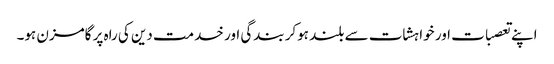
اپنے تعصبات اور خواہشات سے بلند ہوکر بندگی اور خدمت دین کی راہ پر گامزن ہو۔